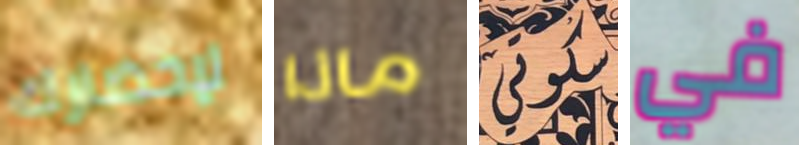
لإحضارك ماذا سكوتي في